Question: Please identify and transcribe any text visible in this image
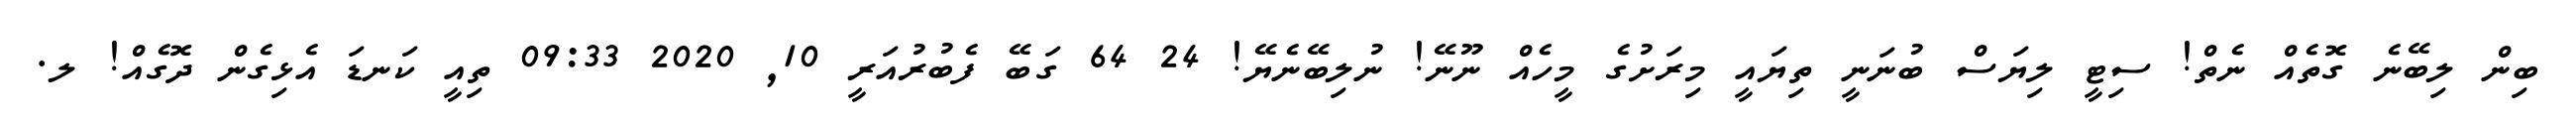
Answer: ބިން ލިބޭނެ ގޮތެއް ނެތް! ސިޓީ ލިޔަސް ބުނަނީ ތިޔައީ މިރަށުގެ މީހެއް ނޫނޭ! ނުލިބޭނެޔޭ! 24 64 ގަބޭ ފެބުރުއަރީ 10, 2020 09:33 ތިއީ ކަނޑަ އެޅިގެން ދޮގެއް! ލ.